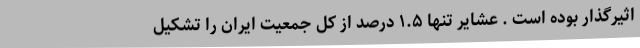
اثیرگذار بوده است . عشایر تنها ۱.۵ درصد از کل جمعیت ایران را تشکیل